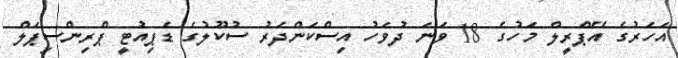
އަހަރުގެ އޭޕްރީލް މަހުގެ 18 ވަަނަ ދުވަހު އިސްކަންދަރު ސުކޫލުގެ ޑެޕިއުޓީ ޕްރިންސިޕަލް